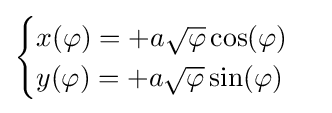
{\begin{cases}x(\varphi )=+a{\sqrt {\varphi }}\cos(\varphi )\\y(\varphi )=+a{\sqrt {\varphi }}\sin(\varphi )\end{cases}}